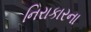
નિરાકારના